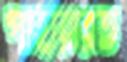
পাহারারত